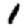
Digit: 1